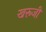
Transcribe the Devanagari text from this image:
खरूजी